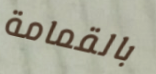
بالقمامة